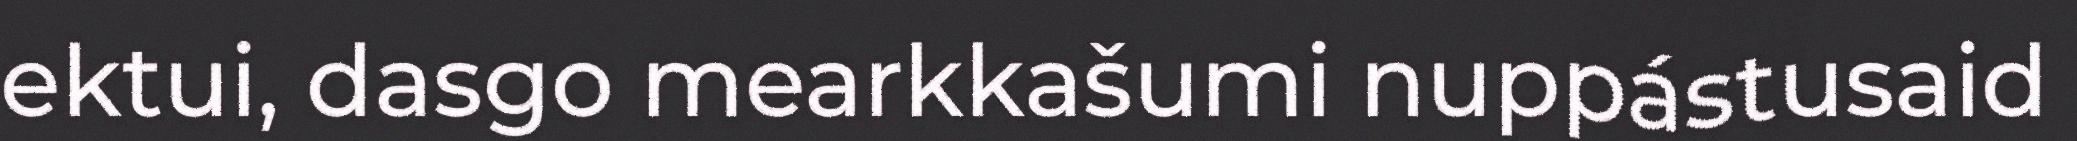
ektui, dasgo mearkkašumi nuppástusaid